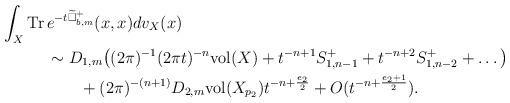
LaTeX: \begin{align*} \int_X\mathrm{Tr}\,&e^{-t\widetilde\Box^+_{b,m}}(x,x)dv_X(x) \\&\sim D_{1, m}\big((2\pi)^{-1}(2\pi t)^{-n}\mathrm{vol}(X)+t^{-n+1}S^+_{1, n-1}+t^{-n+2}S^+_{1, n-2}+\ldots\big)\\ &\qquad+(2\pi)^{-(n+1)}D_{2, m}\mathrm{vol}(X_{p_2})t^{-n+\frac{e_2}{2}}+O(t^{-n+\frac{e_2+1}{2}}).\end{align*}